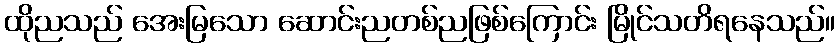
ထိုညသည် အေးမြသော ဆောင်းညတစ်ညဖြစ်ကြောင်း မြိုင်သတိရနေသည်။